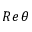
R e \, \theta